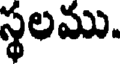
స్థలము.